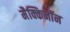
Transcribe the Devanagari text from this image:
मैक्किनॉन